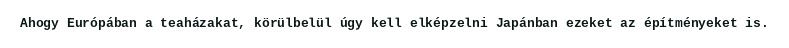
Ahogy Európában a teaházakat, körülbelül úgy kell elképzelni Japánban ezeket az építményeket is.